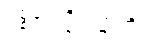
ပစ္စဝေက္ခိတဗ္ဗာတိ